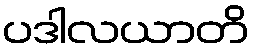
ပဒါလယာတိ